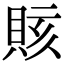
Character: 賅